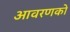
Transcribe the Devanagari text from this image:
आवरणको